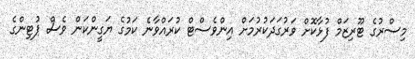
މިސްރުގެ ޓޫރިޒަމް ފުޅާކޮށް ވަރުގަދަކުރުމަށް އިންވެސްޓް ކުރައްވާނެ ކަމުގެ ޔަގީންކަން ވެސް ޕުޓިންގެ